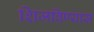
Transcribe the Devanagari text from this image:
शिजविण्यास